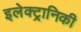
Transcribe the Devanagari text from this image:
इलेक्‍ट्रानिकी